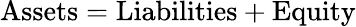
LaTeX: {\mathrm{Assets}}={\mathrm{Liabilities}}+{\mathrm{Equity}}